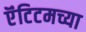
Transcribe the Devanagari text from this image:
ऍंटिटमच्या